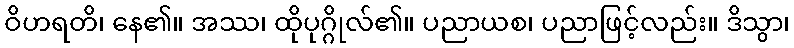
ဝိဟရတိ၊ နေ၏။ အဿ၊ ထိုပုဂ္ဂိုလ်၏။ ပညာယစ၊ ပညာဖြင့်လည်း။ ဒိသွာ၊